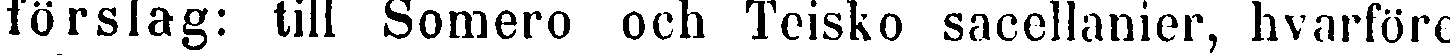
förslag: till Somero och Teisko sacellanier, hvarföre